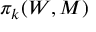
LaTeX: \pi _ { k } ( W , M )